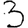
Digit: 3